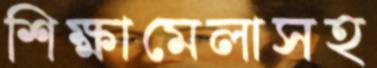
শিক্ষামেলাসহ